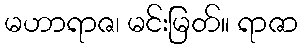
မဟာရာဇ၊ မင်းမြတ်။ ရာဇာ